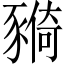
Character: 𧱺